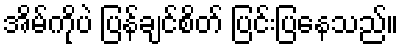
အိမ်ကိုပဲ ပြန်ချင်စိတ် ပြင်းပြနေသည်။